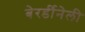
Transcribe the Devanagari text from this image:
बेरर्डीनेली